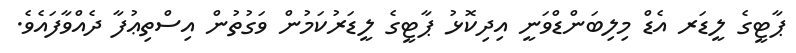
ޕާޓީގެ ލީޑަރ އެޑް މިލިބަންޑްވަނީ އިދިކޮޅު ޕާޓީގެ ލީޑަރުކަމުން ވަގުތުން އިސްތިޢުފާ ދެއްވާފައެވެ.